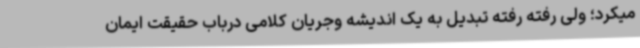
میکرد؛ ولی رفته رفته تبدیل به یک اندیشه وجریان کلامی درباب حقیقت ایمان